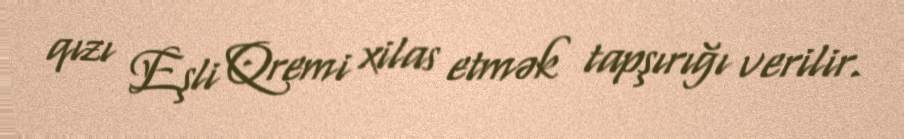
qızı Eşli Qremi xilas etmək tapşırığı verilir.